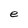
Character: e